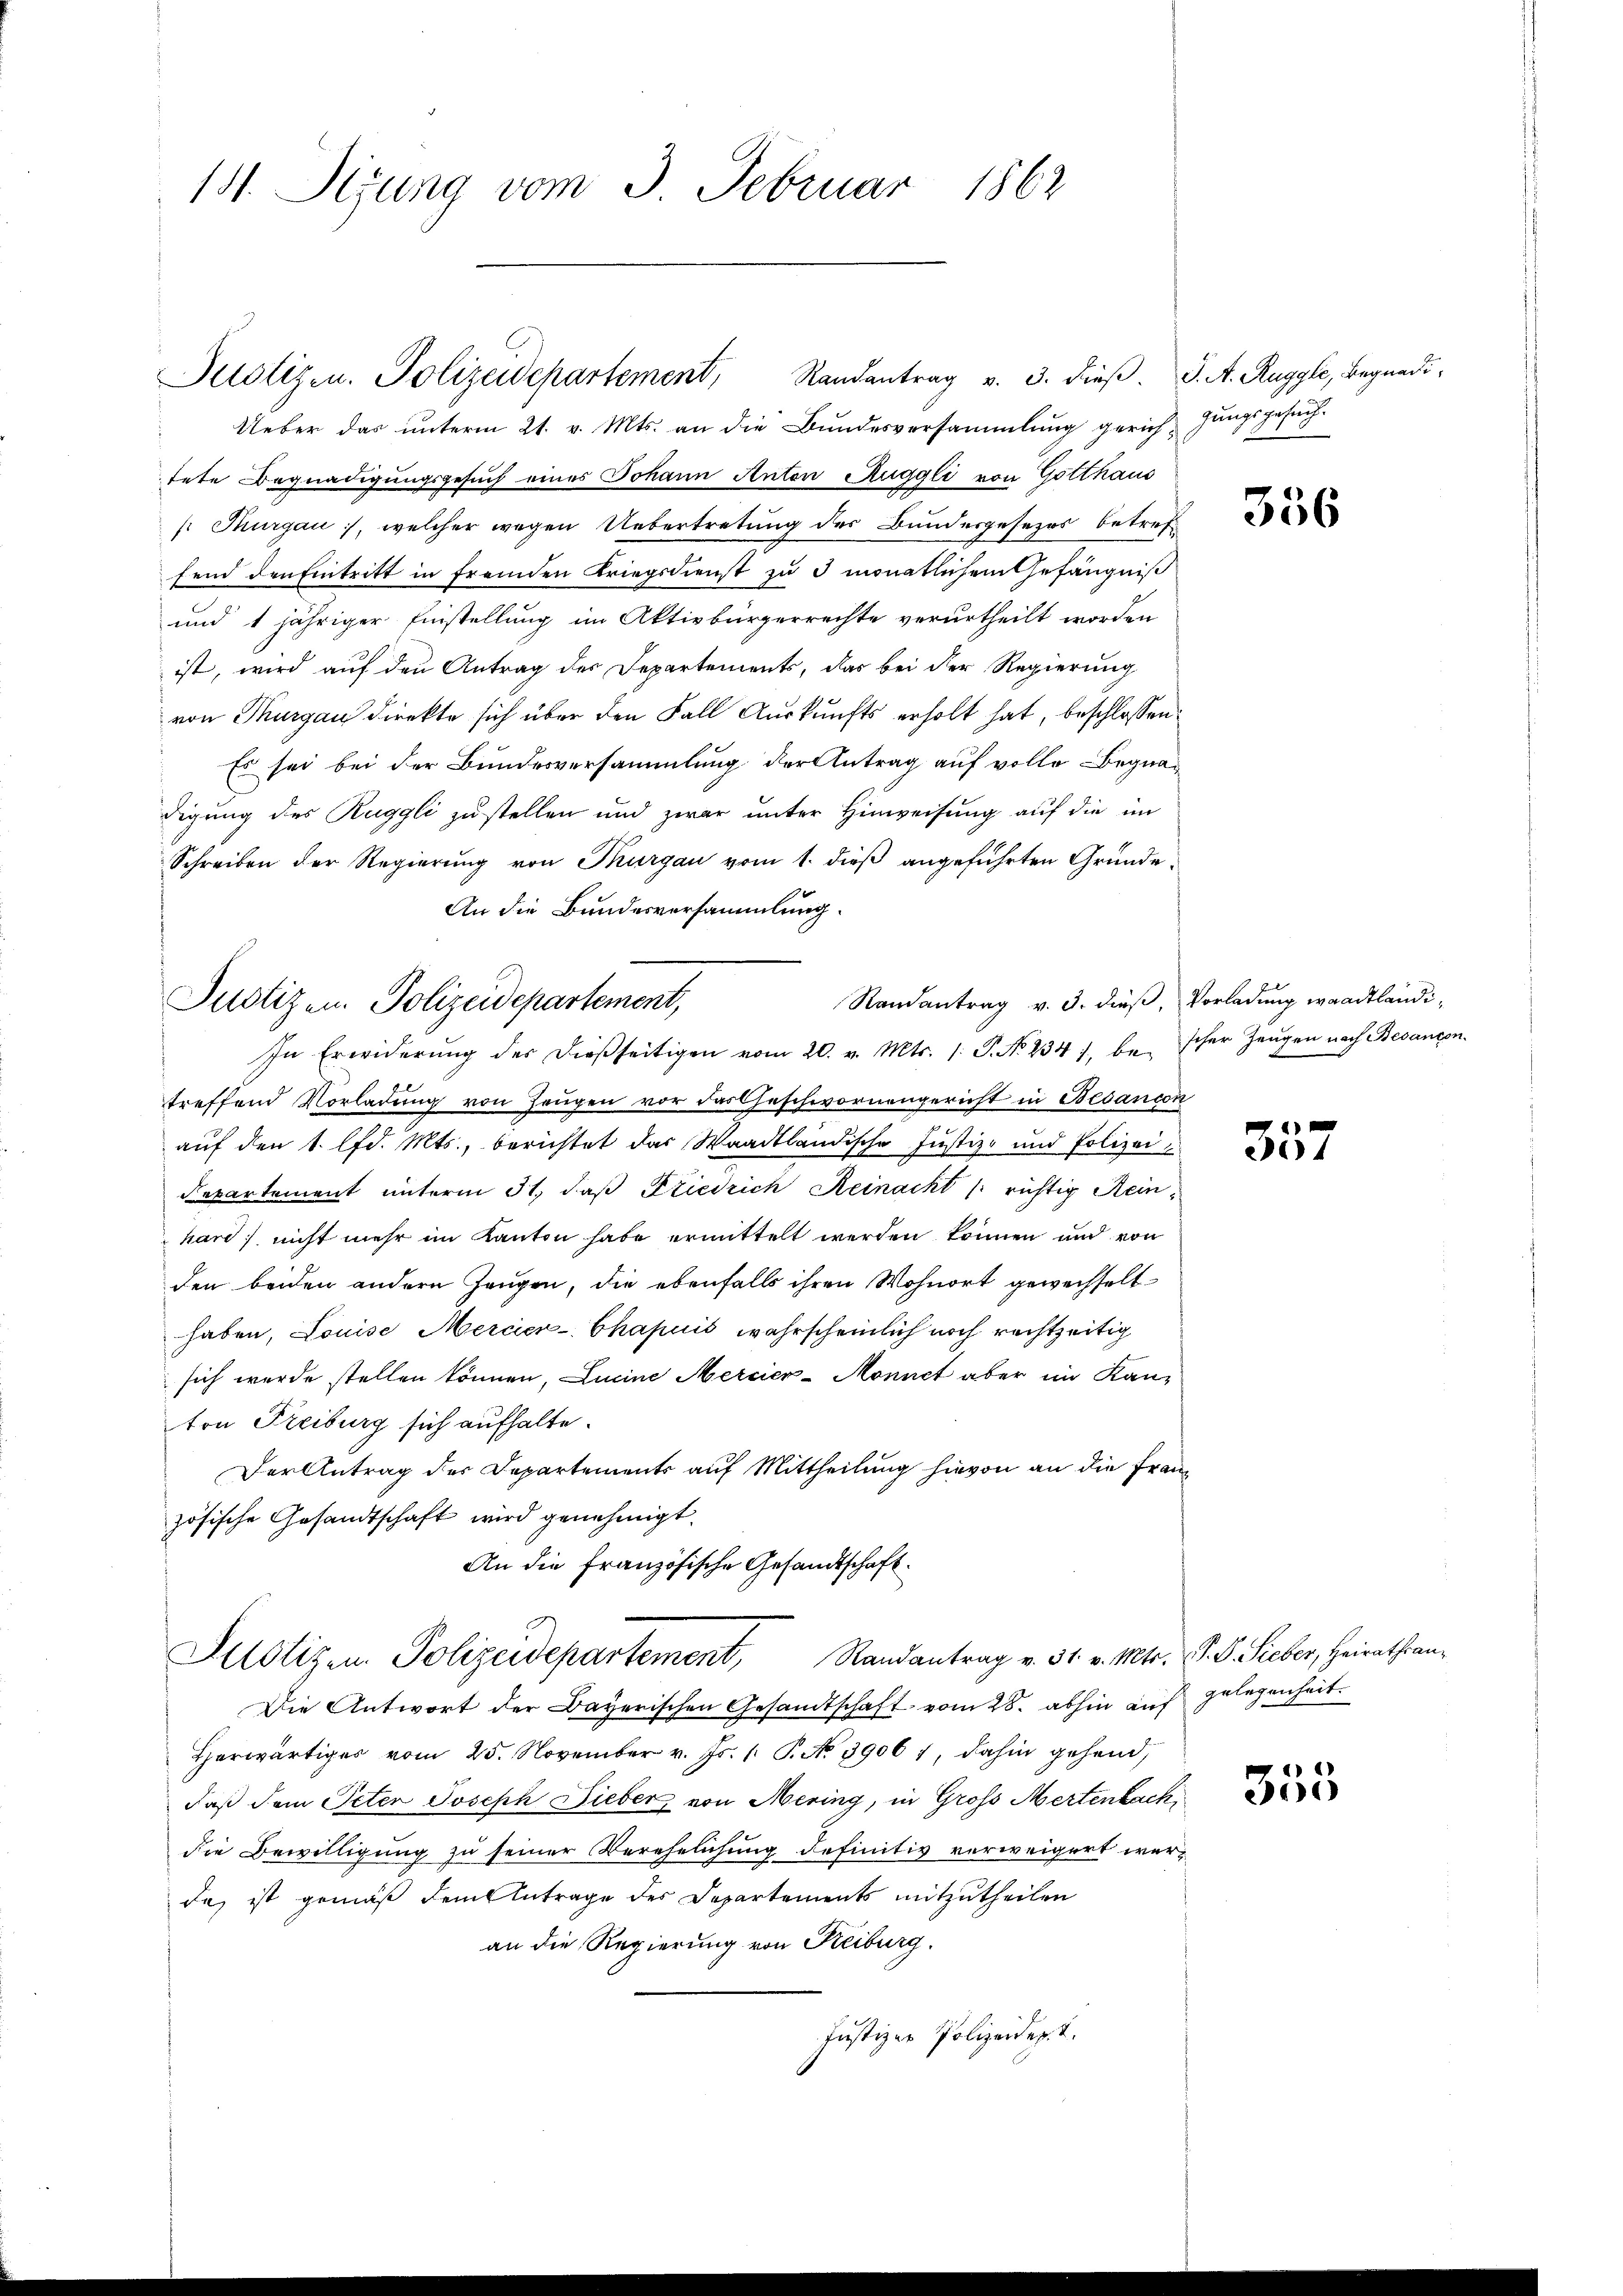
131. Sizung vom 3. Februar 1862

Justizen. Polizeidepartement, Randantrag v. 3. dieβ. J. A. Ruggli, Begnadi
Ueber das unterm 21. v. Mts. an die Bundesversammlung gerich jungsgesuchtete Begnadigungsgesuch eines Johann Anton Ruggli von Gotthaus
 Thurgau, welcher wegen Uebertretung des Bundergesezes betreffend den Eintritt in fremden Kriegsdienst zu 3 monatlichem Gefängniß
und 1 jähriger Einstellung im Aktivbürgerrechte verurtheilt worden
ist, wird aŭf den Antrag des Departements, das bei der Regierung
von Thurgau direkte sich über den Fall Auskunfts erholt hat, beschlossen:
Es sei bei der Bundesversammlung der Antrag auf volle Begnadigung des Ruggli zustellen und zwar unter Hinweisung auf die im
Schreiben der Regierung von Thurgau vom 1. dieß angeführten Gründe.
An die Bundesversammlung.
Randantrag v. 3. dieß, Vorladung waadtländi¬
In Erwiderŭng des dießseitigen vom 20. v. Mts. 1. P. No 234 1, be- Icher Zeŭgen nach Besançon
treffend Vorladung von Zeugen vor das Geschwornengericht in Besançon
auf den 1. lfd. Mts., berichtet das Waadtländische Justiz- und Polizei¬
Departement unterm 31. daß Friedrich Reinackt /: richtig Reinhard, nicht mehr im Kanton habe ermittelt werden können und von
den beiden andern Zeugen, die ebenfalls ihren Wohnort gewechselt
haben, Louise Mercier-Chapuis wahrscheinlich noch rechtzeitig
sich wurde stellen können, Lucine Mercier-Monnet aber im Kanton Freiburg sich aufhalte.
Der Antrag der Departements auf Mittheilung hievon an die Französische Gesandtschaft wird genehmigt.
An die Französische Gesandtschaft.
Pilotizen Polizeidepartement, Randantrag v. 31. v. Mts. S. D. Sieber, Heirathsan¬
Die Antwort der Bayerischen Gesandtschaft vom 28. abhin auf
Herwärtiger vom 25. November v. Js. /: P. No. 3906 1, dahin gehend,
daß dem Peter Joseph Sieber, von Mering, in Gross Mertenbach
die Bewilligung zu seiner Verehelichung definitiv verweigert werda, ist gemäß dem Antrage des Departements mitzutheilen
an die Regierung von Keiburg.
Justizer Polizeider. I.

Justizen. Polizeidepartement,

356

4

gelegenheit.

355